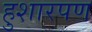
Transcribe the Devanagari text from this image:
हुशारपण